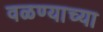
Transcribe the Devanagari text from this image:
वळण्याच्या